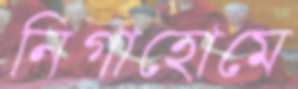
নিগাহোমে